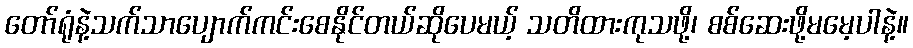
တော်ရုံနဲ့သက်သာပျောက်ကင်းစေနိုင်တယ်ဆိုပေမယ့် သတိထားကုသဖို့၊ စစ်ဆေးဖို့မမေ့ပါနဲ့။